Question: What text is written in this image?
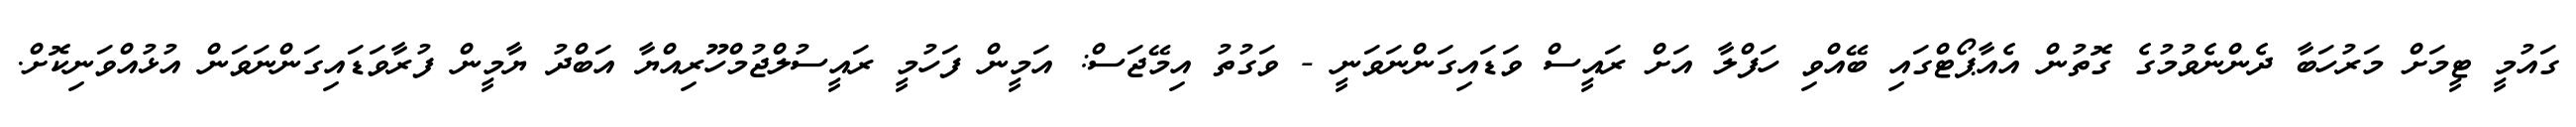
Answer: ގައުމީ ޓީމަށް މަރުހަބާ ދެންނެވުމުގެ ގޮތުން އެއާޕޯޓްގައި ބޭއްވި ހަފްލާ އަށް ރައީސް ވަޑައިގަންނަވަނީ - ވަގުތު އިމޭޖަސް: އަމީން ފަހުމީ ރައީސުލްޖުމްހޫރިއްޔާ އަބްދު ޔާމީން ފުރާވަޑައިގަންނަވަން އުޅުއްވަނިކޮށް.